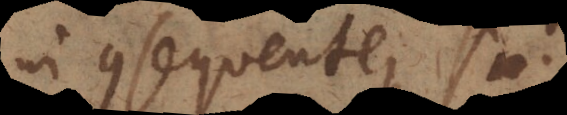
in consequente, si